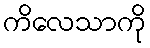
ကိလေသာကို